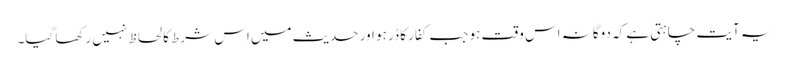
یہ آیت چاہتی ہے کہ دوگانہ اس وقت ہو جب کفار کا ڈر ہو اور حدیث میں اس شرط کا لحاظ نہیں رکھا گیا۔